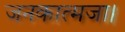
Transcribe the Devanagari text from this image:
जनकात्मजा।